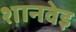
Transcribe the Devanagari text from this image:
शानवेइ